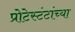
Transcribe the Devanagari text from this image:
प्रोटेस्टंटांच्या